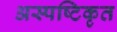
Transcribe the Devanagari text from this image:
अस्पष्टिकृत